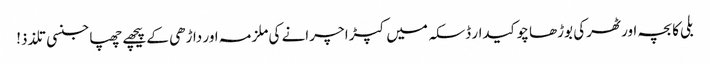
بلی کا بچہ اور ٹھرکی بوڑھا چوکیدار	ڈسکہ میں کپڑا چرانے کی ملزمہ اور داڑھی کے پیچھے چھپا جنسی تلذذ!